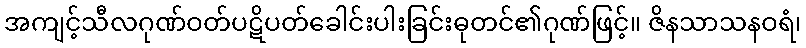
အကျင့်သီလဂုဏ်ဝတ်ပဋိပတ်ခေါင်းပါးခြင်းဓုတင်၏ဂုဏ်ဖြင့်။ ဇိနသာသနဝရံ၊